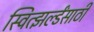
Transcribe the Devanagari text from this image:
स्वित्झर्ल्डंसाठी